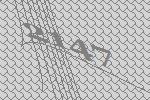
2147